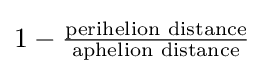
{\textstyle 1-{\frac {\text{perihelion distance}}{\text{aphelion distance}}}}